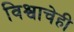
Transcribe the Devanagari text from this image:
विश्वाचेही